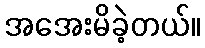
အအေးမိခဲ့တယ်။